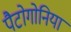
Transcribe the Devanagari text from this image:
पैटोगोनिया